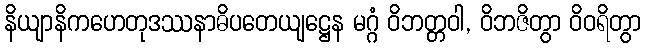
နိယျာနိကဟေတုဒဿနာဓိပတေယျဋ္ဌေန မဂ္ဂံ ဝိဘတ္တဝါ, ဝိဘဇိတွာ ဝိဝရိတွာ